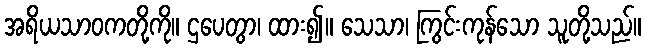
အရိယသာဝကတို့ကို။ ဌပေတွာ၊ ထား၍။ သေသာ၊ ကြွင်းကုန်သော သူတို့သည်။